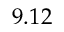
9 . 1 2